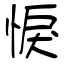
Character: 悷